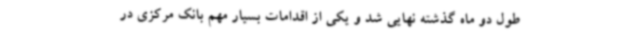
طول دو ماه گذشته نهایی شد و یکی از اقدامات بسیار مهم بانک مرکزی در